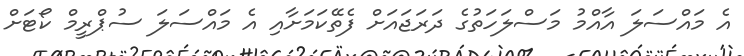
އެ މައްސަލަ އާއްމު މަސްލަހަތުގެ ދަރަޖައަށް ފެތޭކަމަށާއި އެ މައްސަލަ ސުޕްރީމް ކޯޓަށް